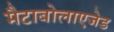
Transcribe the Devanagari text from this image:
मैटाबोलाएजेड